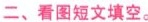
二、看图短文填空。